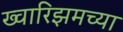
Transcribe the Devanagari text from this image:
ख्वारिझमच्या